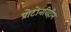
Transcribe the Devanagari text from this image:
प्रोटोनविहीन